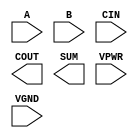
module sky130_fd_sc_hs__fa (
    //# {{data|Data Signals}}
    input  A   ,
    input  B   ,
    input  CIN ,
    output COUT,
    output SUM ,

    //# {{power|Power}}
    input  VPWR,
    input  VGND
);
endmodule